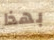
بهذا